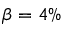
\beta = 4 \%